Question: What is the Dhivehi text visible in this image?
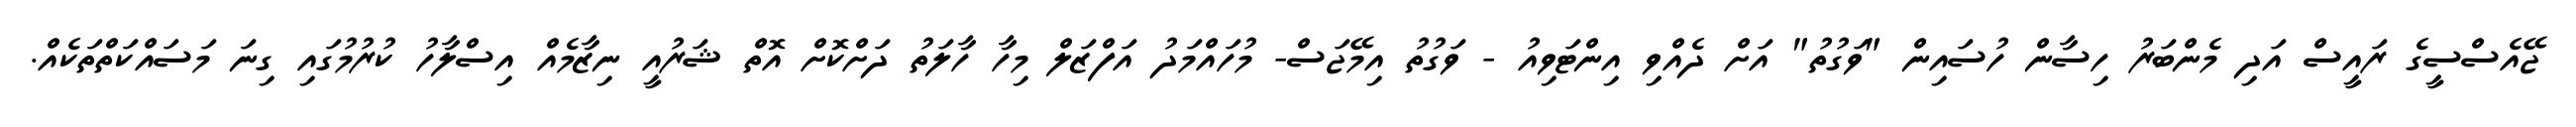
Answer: ޖޭއެސްސީގެ ރައީސް އަދި މެންބަރު ހިސާން ހުސައިން "ވަގުތު" އަށް ދެއްވި އިންޓަވިއު - ވަގުތު އިމޭޖަސް- މުހައްމަދު އަފްޒަލް މިހާ ހާލަތު ދަށްކޮށް އޮތް ޝަރުއީ ނިޒާމެއް އިސްލާހު ކުރުމުގައި ގިނަ މަސައްކަތްތަކެއް.